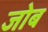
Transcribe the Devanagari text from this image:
जोब